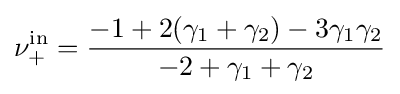
\nu _{+}^{\mathrm {in} }={\frac {-1+2(\gamma _{1}+\gamma _{2})-3\gamma _{1}\gamma _{2}}{-2+\gamma _{1}+\gamma _{2}}}